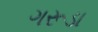
ગરૂડા